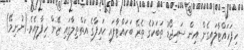
ހިފަހައްޓާލައިގެން އިން ސައިޖޯޑު ތަބަކުގެ ތެރޭ ބަހައްޓާފައި ހައިފާގެ އަތްތިލާގައި ޒޭން ހިފާލިއެވެ.(ނުނިމޭ)